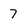
Character: 7